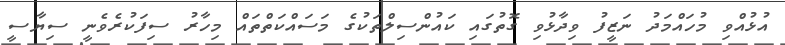
އުޅުއްވި މުހައްމަދު ނަޒީފު ވިދާޅުވި ގޮތުގައި ކައުންސިލްތަކުގެ މަސައްކަތްތައް މިހާރު ސިފަކުރެވެނީ ސިޔާސީ